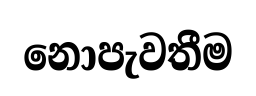
නොපැවතීම